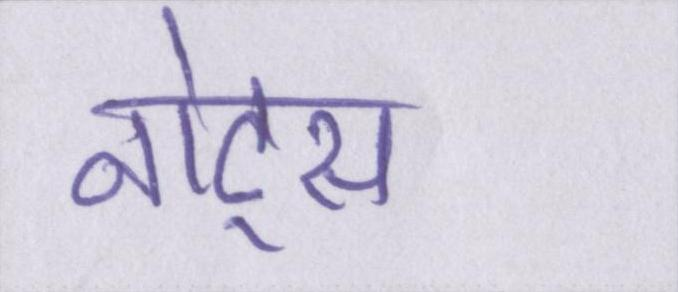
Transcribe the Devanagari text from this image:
नोट्स